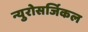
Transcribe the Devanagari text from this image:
न्युरोसर्जिकल